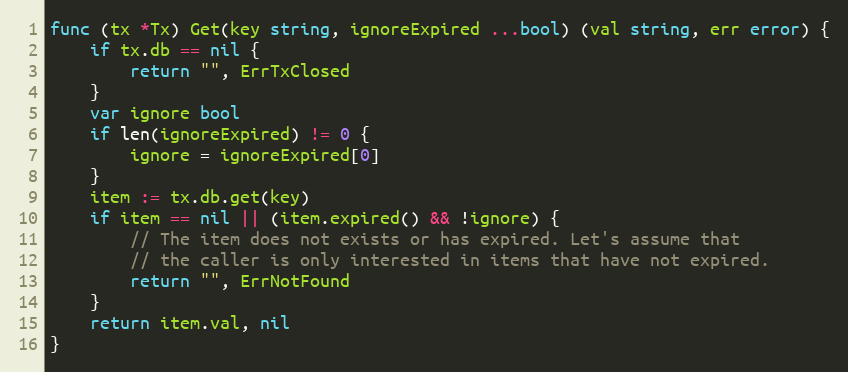
Language: Go
func (tx *Tx) Get(key string, ignoreExpired ...bool) (val string, err error) {
	if tx.db == nil {
		return "", ErrTxClosed
	}
	var ignore bool
	if len(ignoreExpired) != 0 {
		ignore = ignoreExpired[0]
	}
	item := tx.db.get(key)
	if item == nil || (item.expired() && !ignore) {
		// The item does not exists or has expired. Let's assume that
		// the caller is only interested in items that have not expired.
		return "", ErrNotFound
	}
	return item.val, nil
}